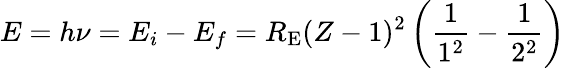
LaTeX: E=h\nu=E_{i}-E_{f}=R_{\mathrm{E}}(Z-1)^{2}\left({\frac{1}{1^{2}}}-{\frac{1}{2^{2}}}\right)